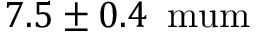
7 . 5 \pm 0 . 4 \, \mathrm { { \ m u m } }